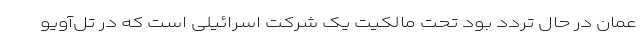
عمان در حال تردد بود تحت مالکیت یک شرکت اسرائیلی است که در تل‌‌آویو